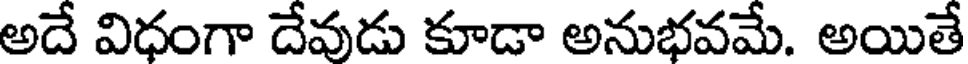
అదే విధంగా దేవుడు కూడా అనుభవమే. అయితే